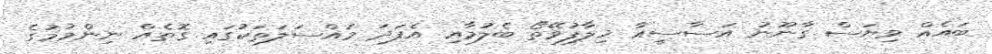
ބައެއް ވިޔަސް ގާނޫނު އަސާސީއާ ޚިލާފުވޭތޯ ބެލުމާއި އެފަދަ މައްސަލަތަކުގައި ގޮތެއް ނިންމުމުގެ